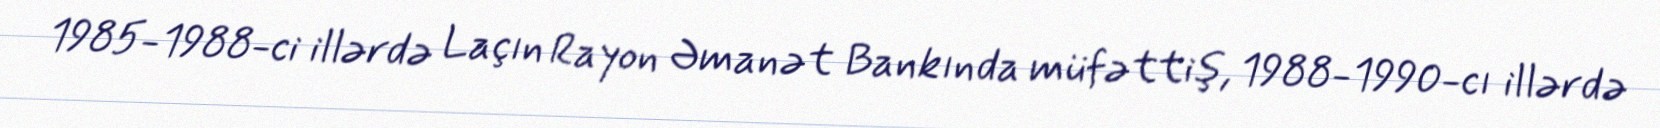
1985-1988-ci illərdə Laçın Rayon Əmanət Bankında müfəttiş, 1988-1990-cı illərdə